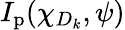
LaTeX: I_{\mathrm{p}}(\chi_{D_{k}},\psi)